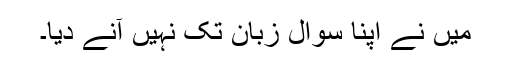
میں نے اپنا سوال زبان تک نہیں آنے دیا۔